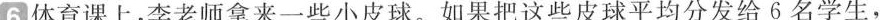
6体育课上，李老师拿来一些小皮球。如果把这些皮球平均分发给6名学生，